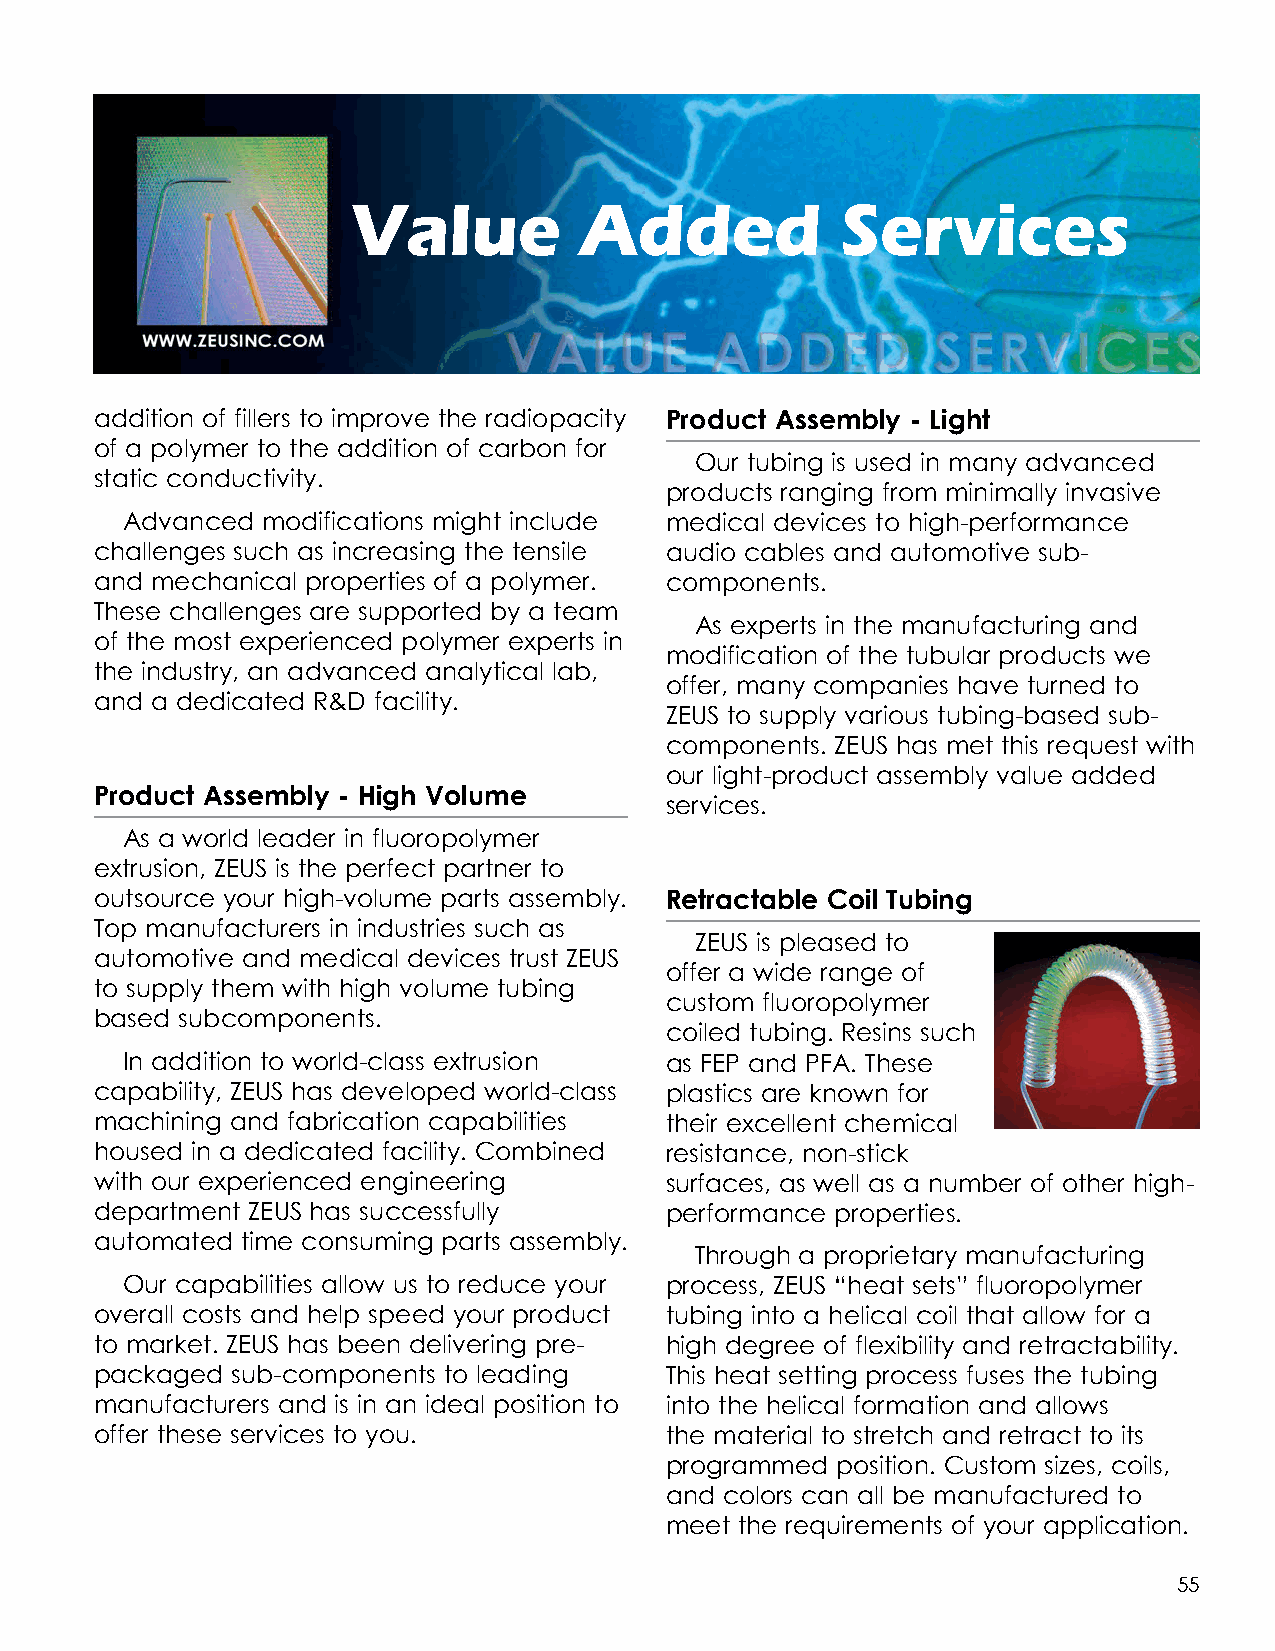
Value          Added             Services
 addition of fillers to improve the radiopacity Product Assembly - Light
 of a polymer to the addition of carbon for
 Our tubing is used in many advanced
 static conductivity.
 products ranging from minimally invasive
 Advanced modifications might include medical devices to high-performance
 challenges such as increasing the tensile audio cables and automotive sub-
 and mechanical properties of a polymer. components.
 These challenges are supported by a team
 As experts in the manufacturing and
 of the most experienced polymer experts in
 modification of the tubular products we
 the industry, an advanced analytical lab,
 offer, many companies have turned to
 and a dedicated R&D facility.
 ZEUS to supply various tubing-based sub-
 components. ZEUS has met this request with
 our light-product assembly value added
 Product Assembly - High Volume
 services.
 As a world leader in fluoropolymer
 extrusion, ZEUS is the perfect partner to
 outsource your high-volume parts assembly. Retractable Coil Tubing
 Top manufacturers in industries such as
 ZEUS is pleased to
 automotive and medical devices trust ZEUS
 offer a wide range of
 to supply them with high volume tubing
 custom fluoropolymer
 based subcomponents.
 coiled tubing. Resins such
 In addition to world-class extrusion as FEP and PFA. These
 capability, ZEUS has developed world-class plastics are known for
 machining and fabrication capabilities their excellent chemical
 housed in a dedicated facility. Combined resistance, non-stick
 with our experienced engineering      surfaces, as well as a number of other high-
 department ZEUS has successfully      performance properties.
 automated time consuming parts assembly.
 Through a proprietary manufacturing
 Our capabilities allow us to reduce your process, ZEUS “heat sets” fluoropolymer
 overall costs and help speed your product tubing into a helical coil that allow for a
 to market. ZEUS has been delivering pre- high degree of flexibility and retractability.
 packaged sub-components to leading    This heat setting process fuses the tubing
 manufacturers and is in an ideal position to into the helical formation and allows
 offer these services to you.          the material to stretch and retract to its
 programmed position. Custom sizes, coils,
 and colors can all be manufactured to
 meet the requirements of your application.
 55